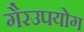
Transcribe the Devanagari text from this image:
गैरउपयोग